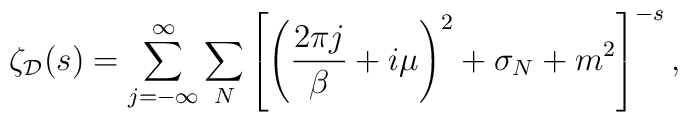
\zeta_{\cal D}(s) = \sum_{j = -\infty}^{\infty} \sum_N \left[ \left({2\pi j\over\beta} + i\mu \right)^2 + \sigma_N + m^2\right]^{-s},